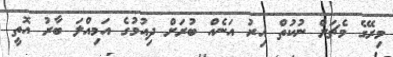
މިރޭގެ މެޗަށް ނުކުތް އިރު އަނެއް ބުރަށް ދިއުމުގެ އަމިއްލަ ބާރު އޮތީ